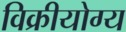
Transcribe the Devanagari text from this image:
विक्रीयोग्य